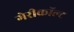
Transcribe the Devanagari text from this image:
गेरीकॉल्ट